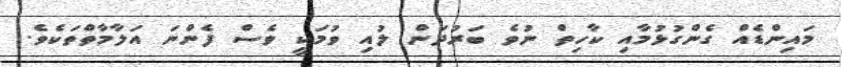
މައިންޑެއް ގެންގުޅުމާއި ކާހިތް ނުވެ ބަރުދަން ލުއި ވުމަކީ ވެސް ފެންނަ އަލާމާތްތަކެވެ.